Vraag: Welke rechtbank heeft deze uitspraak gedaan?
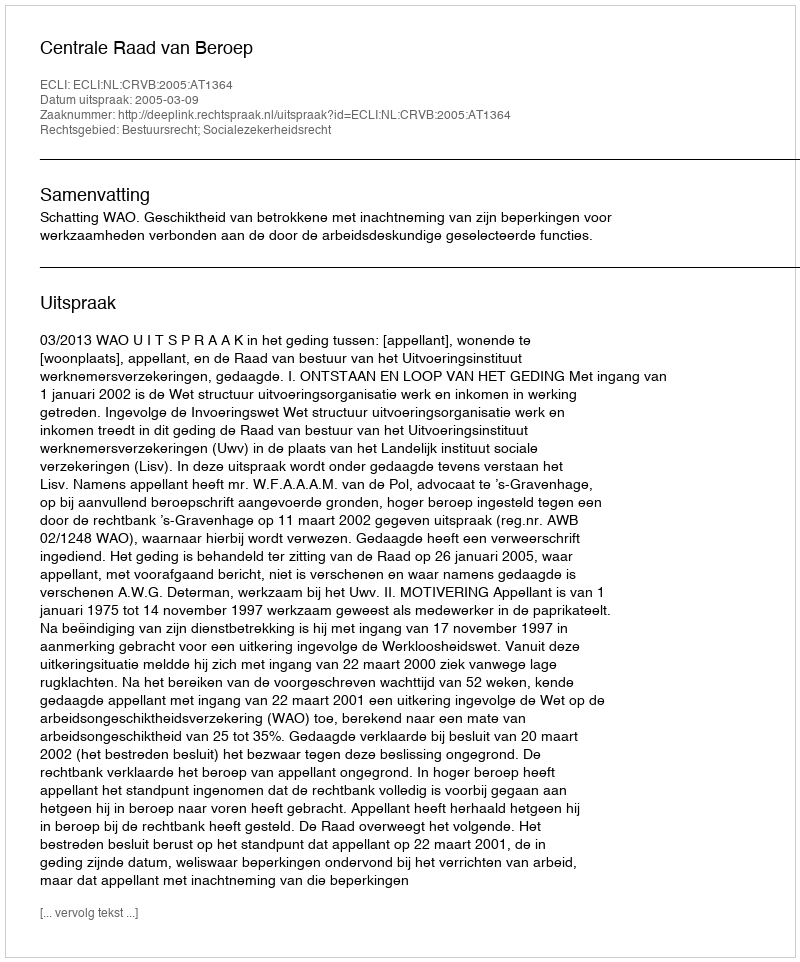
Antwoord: Centrale Raad van Beroep